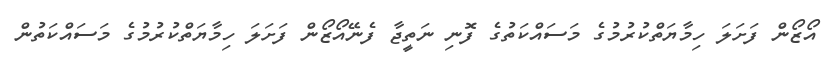
އޯޒޯން ފަށަލަ ހިމާޔަތްކުރުމުގެ މަސައްކަތުގެ ފޮނި ނަތީޖާ ފެނޭއޯޒޯން ފަށަލަ ހިމާޔަތްކުރުމުގެ މަސައްކަތުން